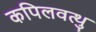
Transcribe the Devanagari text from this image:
कपिलवत्थु